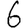
Digit: 6